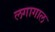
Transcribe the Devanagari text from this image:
लगागाल